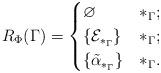
LaTeX: \begin{align*}R_\Phi(\Gamma)&=\begin{cases}\varnothing & *_\Gamma;\\\{\mathcal{E}_{*_\Gamma}\} & *_\Gamma;\\\{\tilde\alpha_{*_\Gamma}\} & *_\Gamma.\end{cases}\end{align*}